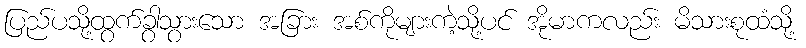
ပြည်ပသို့ထွက်ခွာသွားသော အခြား အစ်ကိုများကဲ့သို့ပင် အိုမာကလည်း မိသားစုထံသို့